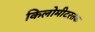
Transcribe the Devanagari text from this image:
किलोमीटरतक